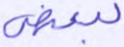
لبعض